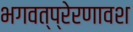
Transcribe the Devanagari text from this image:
भगवत्प्रेरणावश